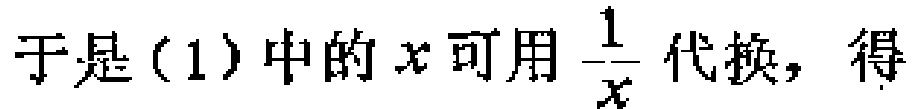
于是\((1)\)中的\(x\)可用\(\frac{1}{x}\)代换，得